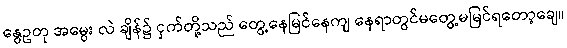
နွေဥတု အမွေး လဲ ချိန်၌ ငှက်တို့သည် တွေ့နေမြင်နေကျ နေရာတွင်မတွေ့မမြင်ရတော့ချေ။